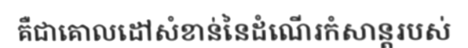
គឺជាគោលដៅសំខាន់នៃដំណើរកំសាន្តរបស់